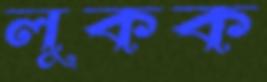
লুকক